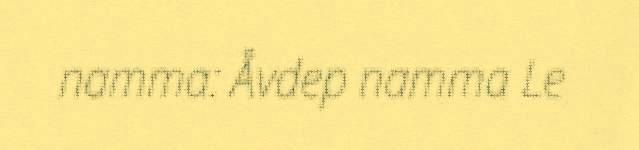
namma: Åvdep namma Le